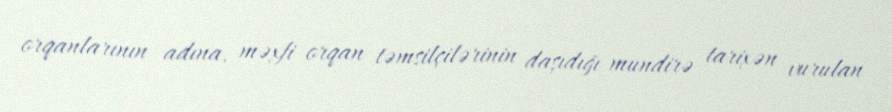
orqanlarının adına, məxfi orqan təmsilçilərinin daşıdığı mundirə tarixən vurulan